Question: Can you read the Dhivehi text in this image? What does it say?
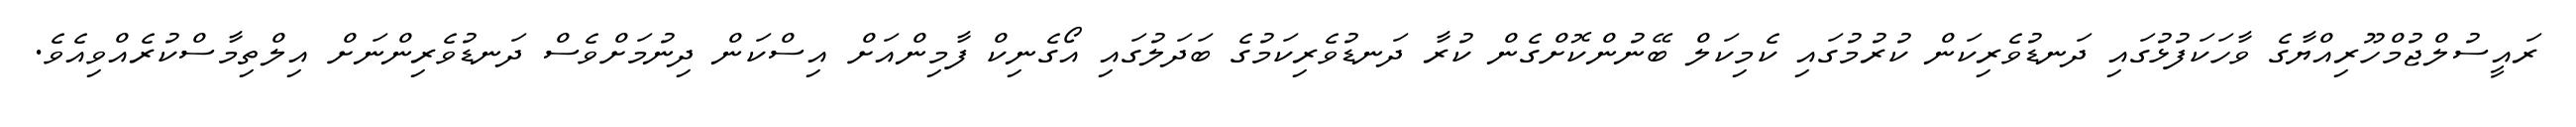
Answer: ރައީސުލްޖުމްހޫރިއްޔާގެ ވާހަކަފުޅުގައި ދަނޑުވެރިކަން ކުރުމުގައި ކެމިކަލް ބޭނުންކޮށްގެން ކުރާ ދަނޑުވެރިކަމުގެ ބަދަލުގައި އޯގެނިކް ފާމިންއަށް އިސްކަން ދިނުމަށްވެސް ދަނޑުވެރިންނަށް އިލްތިމާސްކުރެއްވިއެވެ.